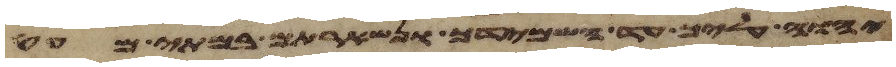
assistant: יהוה עליך עד השמידך ונשארתם במתי מעט